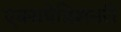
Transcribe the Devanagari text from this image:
एक्सपेडिशनरी